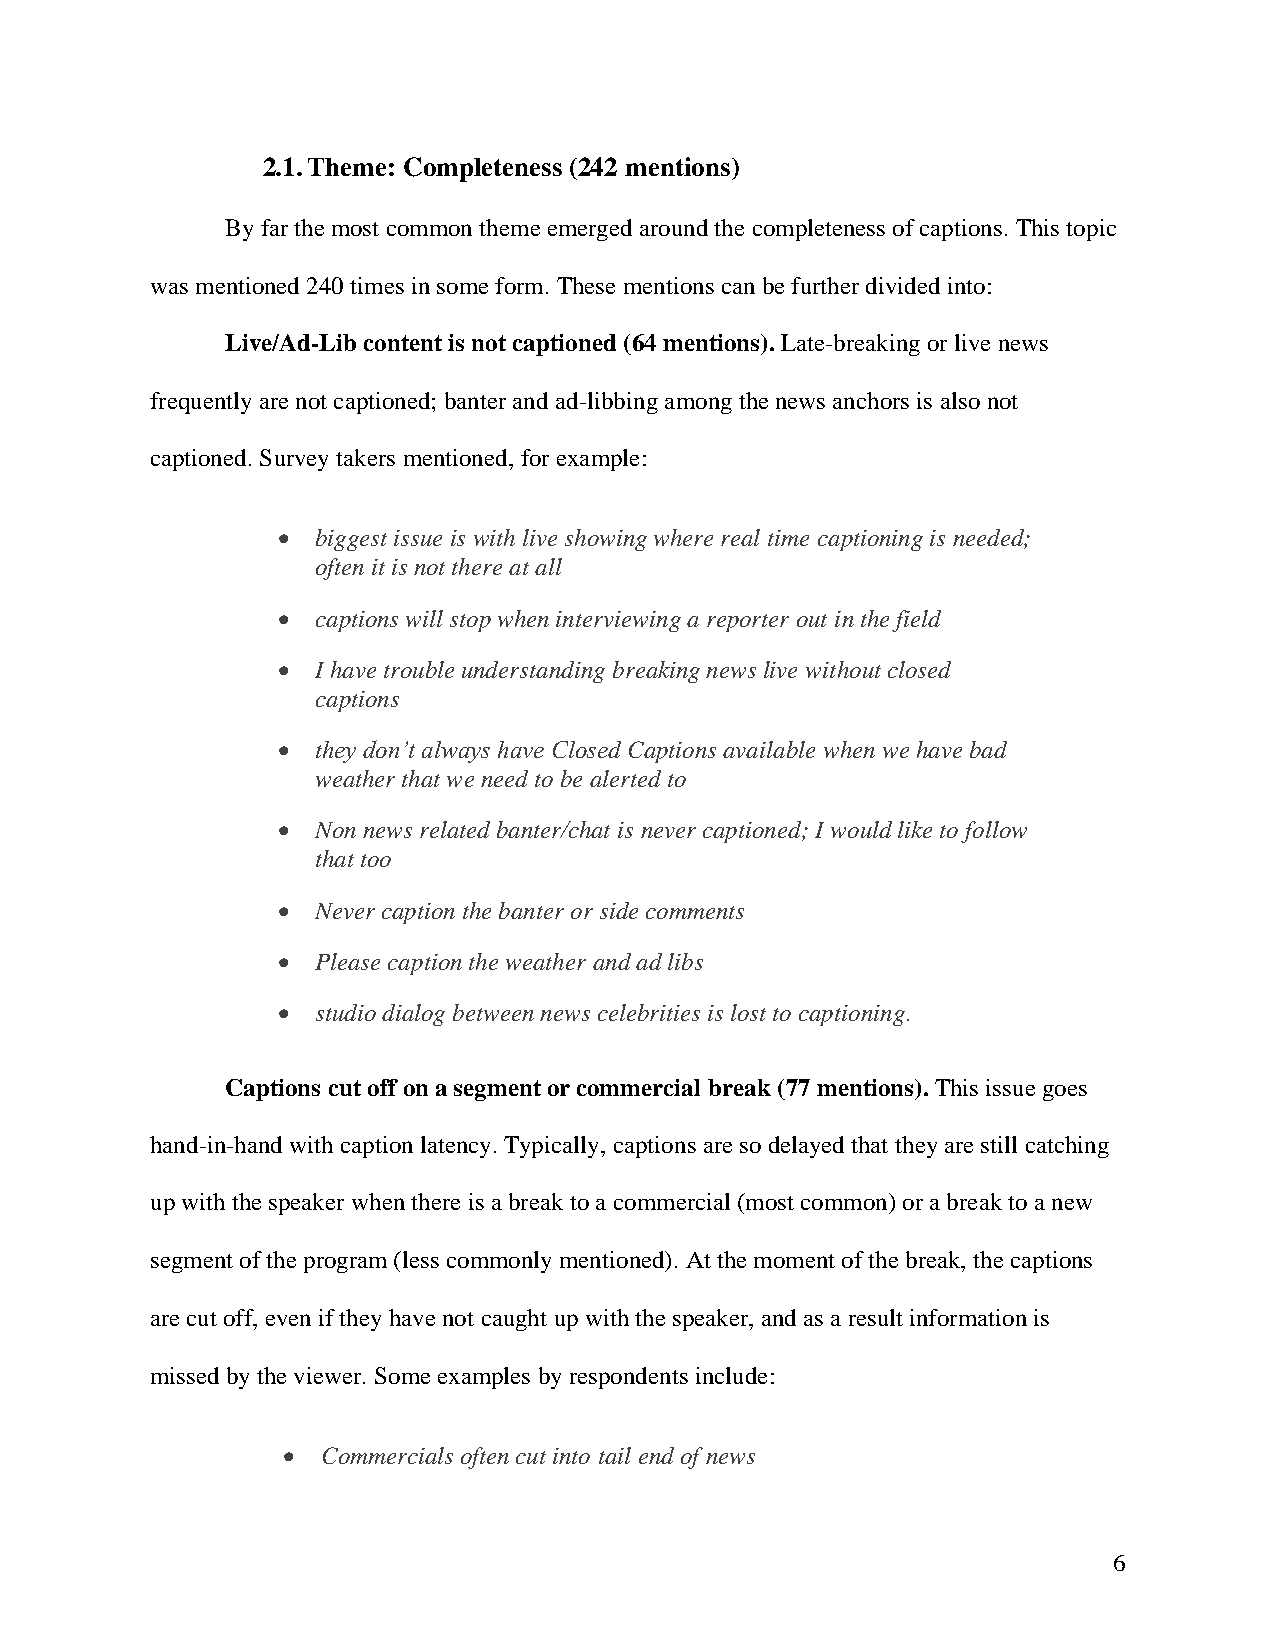
2.1. Theme: Completeness (242 mentions)
 By far the most common theme emerged around the completeness of captions. This topic
 was mentioned 240 times in some form. These mentions can be further divided into:
 Live/Ad-Lib content is not captioned (64 mentions). Late-breaking or live news
 frequently are not captioned; banter and ad-libbing among the news anchors is also not
 captioned. Survey takers mentioned, for example:
 •  biggest issue is with live showing where real time captioning is needed;
 often it is not there at all
 •  captions will stop when interviewing a reporter out in the field
 •  I have trouble understanding breaking news live without closed
 captions
 •  they don’t always have Closed Captions available when we have bad
 weather that we need to be alerted to
 •  Non news related banter/chat is never captioned; I would like to follow
 that too
 •  Never caption the banter or side comments
 •  Please caption the weather and ad libs
 •  studio dialog between news celebrities is lost to captioning.
 Captions cut off on a segment or commercial break (77 mentions). This issue goes
 hand-in-hand with caption latency. Typically, captions are so delayed that they are still catching
 up with the speaker when there is a break to a commercial (most common) or a break to a new
 segment of the program (less commonly mentioned). At the moment of the break, the captions
 are cut off, even if they have not caught up with the speaker, and as a result information is
 missed by the viewer. Some examples by respondents include:
 • Commercials often cut into tail end of news
 6